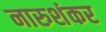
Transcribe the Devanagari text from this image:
नारुशंकर